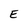
Character: E